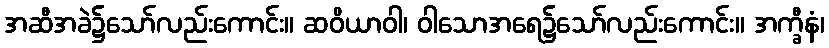
အဆီအခဲ၌သော်လည်းကောင်း။ ဆဝိယာဝါ၊ ဝါသောအရေ၌သော်လည်းကောင်း။ အက္ခီနံ၊